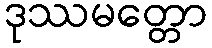
ဒုဿမတ္တော